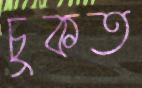
চুকত